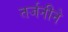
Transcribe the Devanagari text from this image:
तर्जनीने